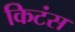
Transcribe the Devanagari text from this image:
किटंस